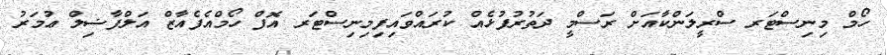
ހޯމް މިނިސްޓަރ ސްރީލަންކާއަށް ރަސްމީ ދަތުރުފުޅެއް ކުރައްވައިފިމިނިސްޓަރ އޮފް ހޯމްއެފެއާޒް އަލްފާޟިލް ޢުމަރު